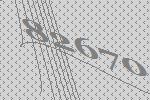
82670